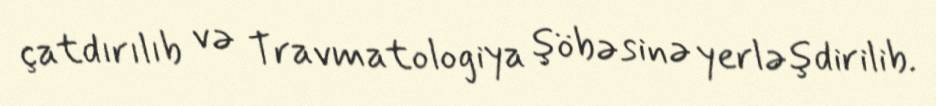
çatdırılıb və Travmatologiya şöbəsinə yerləşdirilib.